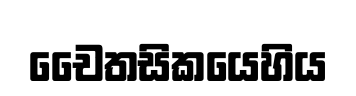
චෛතසිකයෙහිය